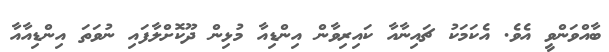
ބާއްވަންވީ އެވެ. އެކަމަކު ޗައިނާއާ ކައިރިވާން އިންޑިއާ މުޅިން ދޫކޮށްލާފައި ނުވަތަ އިންޑިއާއާ